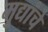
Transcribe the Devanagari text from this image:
मुद्यांचे